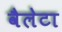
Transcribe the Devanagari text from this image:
वैलेटा